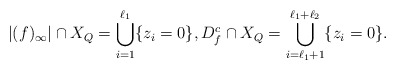
\begin{align*}|(f)_{\infty}|\cap X_Q= \bigcup_{i=1}^{\ell_1}\{z_i=0\}, D_f^c\cap X_Q= \bigcup_{i=\ell_1+1}^{\ell_1+\ell_2}\{z_i=0\}.\end{align*}